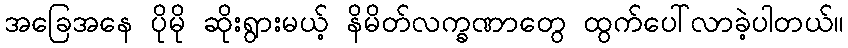
အခြေအနေ ပိုမို ဆိုးရွားမယ့် နိမိတ်လက္ခဏာတွေ ထွက်ပေါ်လာခဲ့ပါတယ်။